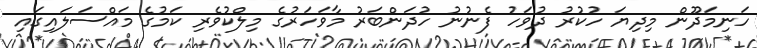
ހަނިމަދޫން މިދިޔަ ހުކުރު ދުވަހު ފެނުނު ހުދަންބަރު މާވަހަރުގެ މިލްކުވެރި ކަމުގެ މައްސަލައިގައި